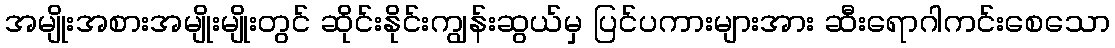
အမျိုးအစားအမျိုးမျိုးတွင် ဆိုင်းနိုင်းကျွန်းဆွယ်မှ ပြင်ပကားများအား ဆီးရောဂါကင်းစေသော